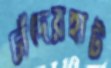
চাঁদেরহাট